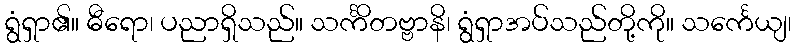
ရွံရှာ၏။ ဓီရော၊ ပညာရှိသည်။ သင်္ကိတဗ္ဗာနိ၊ ရွံရှာအပ်သည်တို့ကို။ သင်္ကေယျ၊